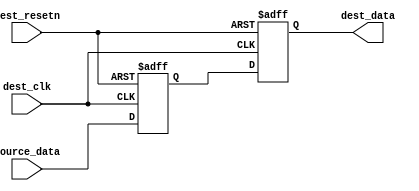
// This program was cloned from: https://github.com/verimake-team/SparkRoad-V
// License: MIT License

//  --=====================================================================--
//  This confidential and proprietary software may be used only as
//  authorised by a licensing agreement from ARM Limited
//   (C) COPYRIGHT 2013 ARM Limited
//        ALL RIGHTS RESERVED
//  The entire notice above must be reproduced on all authorised
//  copies and copies may only be made to the extent permitted
//  by a licensing agreement from ARM Limited.
//
//  -------------------------------------------------------------------------
//  Version and Release Control Information:
//
//   File Revision       :
//
//   Release Information : Cortex-M0 DesignStart-r2p0-00rel0
//
//  -------------------------------------------------------------------------
//
//
//  -------------------------------------------------------------------------
//  Purpose: Metastability regs
//  -------------------------------------------------------------------------
module meta_regs (
  dest_clk,
  dest_resetn,
  source_data,
  dest_data
  );

//  Simple metastability register

parameter INPUT_WIDTH      = 8;                 // Width of data bus
parameter INPUT_MAX        = INPUT_WIDTH - 1;   // Upper bound of data vector

  input                dest_clk;
  input                dest_resetn;
  input  [INPUT_MAX:0] source_data;
  output [INPUT_MAX:0] dest_data;

  // synchronization registers to avoid metastability issue
  wire [INPUT_MAX:0] dest_data;
  reg  [INPUT_MAX:0] dest_data_i1;
  reg  [INPUT_MAX:0] dest_data_i2;

  always @ (posedge dest_clk or negedge dest_resetn)
  begin
  if (!dest_resetn) begin
    dest_data_i1 <= {INPUT_WIDTH{1'b0}};
    dest_data_i2 <= {INPUT_WIDTH{1'b0}};
  end else begin
    dest_data_i1 <= source_data;
    dest_data_i2 <= dest_data_i1;
  end
  end

  assign dest_data = dest_data_i2;

endmodule